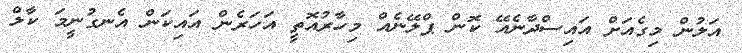
އަލުން މިގެއަށް އައިސްދާނެއޭ ކޮން ޕްލޭނެއް މިހާރުއޮތީ އަހަރެން އައިކަން އެނގުނީމަ ކާލް